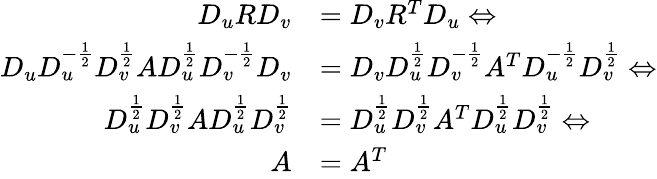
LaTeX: \begin{array}{rl}{D_{u}RD_{v}}&{=D_{v}R^{T}D_{u}\Leftrightarrow}\\ {D_{u}D_{u}^{-\frac{1}{2}}D_{v}^{\frac{1}{2}}AD_{u}^{\frac{1}{2}}D_{v}^{-\frac{1}{2}}D_{v}}&{=D_{v}D_{u}^{\frac{1}{2}}D_{v}^{-\frac{1}{2}}A^{T}D_{u}^{-\frac{1}{2}}D_{v}^{\frac{1}{2}}\Leftrightarrow}\\ {D_{u}^{\frac{1}{2}}D_{v}^{\frac{1}{2}}AD_{u}^{\frac{1}{2}}D_{v}^{\frac{1}{2}}}&{=D_{u}^{\frac{1}{2}}D_{v}^{\frac{1}{2}}A^{T}D_{u}^{\frac{1}{2}}D_{v}^{\frac{1}{2}}\Leftrightarrow}\\ {A}&{=A^{T}}\end{array}